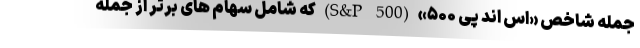
جمله شاخص «اس اند پی ۵۰۰» (S&P 500) که شامل سهام های برتر از جمله